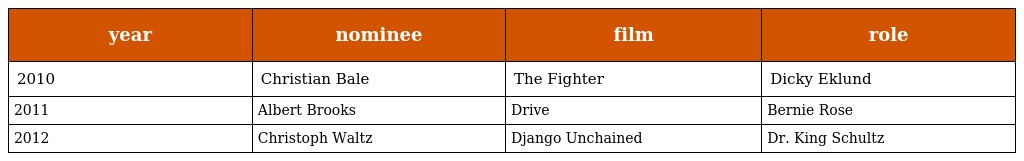
| year | nominee | film | role |
 | --- | --- | --- | --- |
 | 2010 | Christian Bale | The Fighter | Dicky Eklund |
 | 2011 | Albert Brooks | Drive | Bernie Rose |
 | 2012 | Christoph Waltz | Django Unchained | Dr. King Schultz |